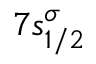
7 s _ { 1 / 2 } ^ { \sigma }